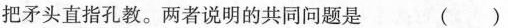
把矛头直指孔教。两者说明的共同问题是 ( )